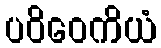
ပဝိဝေကိယံ